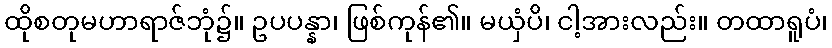
ထိုစတုမဟာရာဇ်ဘုံ၌။ ဥပပန္နာ၊ ဖြစ်ကုန်၏။ မယှံပိ၊ ငါ့အားလည်း။ တထာရူပံ၊